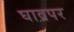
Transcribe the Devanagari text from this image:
घावपर